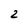
Character: 2